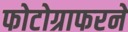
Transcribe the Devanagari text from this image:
फोटोग्राफरने